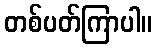
တစ်ပတ်ကြာပါ။